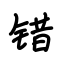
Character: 错